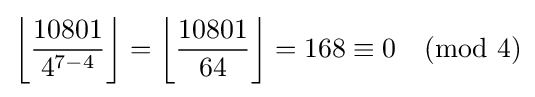
\left\lfloor {\frac {10801}{4^{7-4}}}\right\rfloor =\left\lfloor {\frac {10801}{64}}\right\rfloor =168\equiv 0{\pmod {4}}